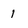
Character: 1